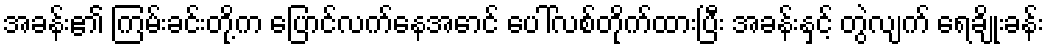
အခန်း၏ ကြမ်းခင်းတို့က ပြောင်လက်နေအောင် ပေါ်လစ်တိုက်ထားပြီး အခန်းနှင့် တွဲလျက် ရေချိုးခန်း